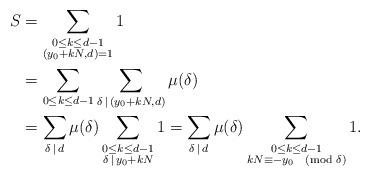
LaTeX: \begin{align*}S&= \sum_{\substack{0\leq k\leq d-1 \\ (y_0+kN,d)=1}} 1\\&= \sum_{0\leq k\leq d-1} \sum_{\delta \, \mid\, (y_0+kN,d)} \mu(\delta)\\&= \sum_{\delta \, \mid\, d} \mu(\delta) \sum_{\substack{0\leq k\leq d-1\\ \delta \, \mid \, y_0+kN}} 1 = \sum_{\delta \, \mid\, d} \mu(\delta) \sum_{\substack{0\leq k\leq d-1\\ kN\equiv -y_0 \pmod{\delta}}} 1.\end{align*}